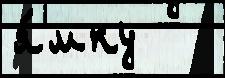
я́мку